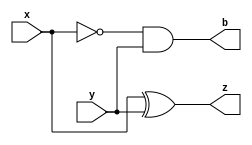
module hsc(
    input x,
    input y,
    output reg b,
    output reg z
);

always @(*) begin
    b = ~x & y;
    z = x ^ y;
end


endmodule


//---------------------------------------------------------------------------------------------------


module fscn(
    input x,
    input y,
    input b,
    output reg b_next,
    output reg z
);

wire [1:0] b_wire;
wire [1:0] z_wire;

hsc hsc_1(.x(x), .y(y), .b(b_wire[0]), .z(z_wire[0]));

hsc hsc_2(.x(z_wire[0]), .y(b), .b(b_wire[1]), .z(z_wire[1]));

always @(*) begin
    z = z_wire[1];
    b_next = b_wire[1] | b_wire[0]; 
end

endmodule


//---------------------------------------------------------------------------------------------------



module scazfsc(
    input [15:0] x,
    input [15:0] y,
    input b,
    output reg b_next,
    output reg [15:0] z
);

wire [15:0] b_wire;
wire [15:0] z_wire;

genvar i;
    generate 
        for(i=0;i<16;i=i+1) begin : v
            if(i == 0) begin
                fscn fscn_i(.x(x[0]),.y(y[0]),.b(b),.b_next(b_wire[0]),.z(z_wire[0]));
            end 
            else begin
                fscn fscn_i(.x(x[i]),.y(y[i]),.b(b_wire[i-1]),.b_next(b_wire[i]),.z(z_wire[i]));
            end
        end
    endgenerate

always @(*) begin
    b_next = b_wire[15];
    z = z_wire;
end

endmodule